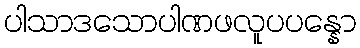
ပါသာဒသောပါဏဖလူပပန္နော